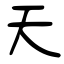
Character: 天